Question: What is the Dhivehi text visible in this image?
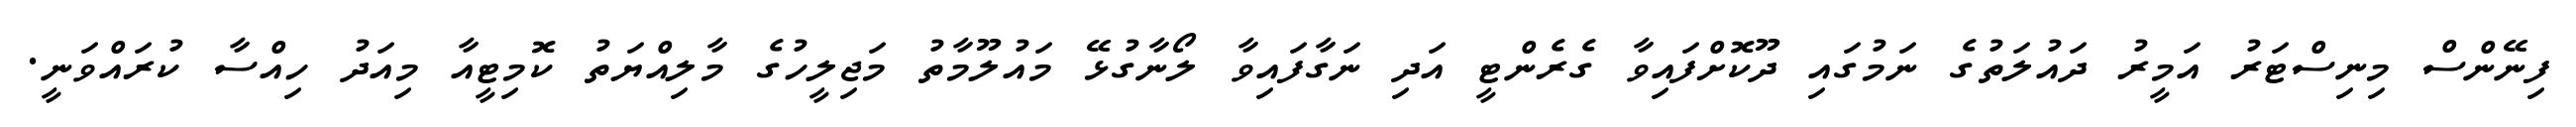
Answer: ފިނޭންސް މިނިސްޓަރު އަމީރު ދައުލަތުގެ ނަމުގައި ދޫކޮށްފައިވާ ގެރެންޓީ އަދި ނަގާފައިވާ ލޯނާގުޅޭ މައުލޫމާތު މަޖިލީހުގެ މާލިއްޔަތު ކޮމިޓީއާ މިއަދު ހިއްސާ ކުރައްވަނީ.